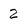
Character: 2